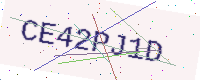
Text: CE42PJ1D